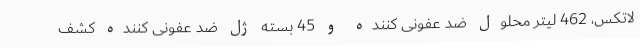
لاتکس، 462 لیتر محلول ضد عفونی کننده و 45 بسته ژل ضد عفونی کننده کشف